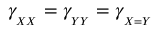
\gamma _ { _ { X X } } = \gamma _ { _ { Y Y } } = \gamma _ { _ { X = Y } }